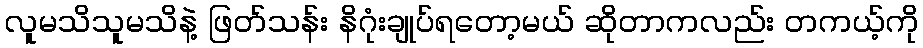
လူမသိသူမသိနဲ့ ဖြတ်သန်း နိဂုံးချုပ်ရတော့မယ် ဆိုတာကလည်း တကယ့်ကို